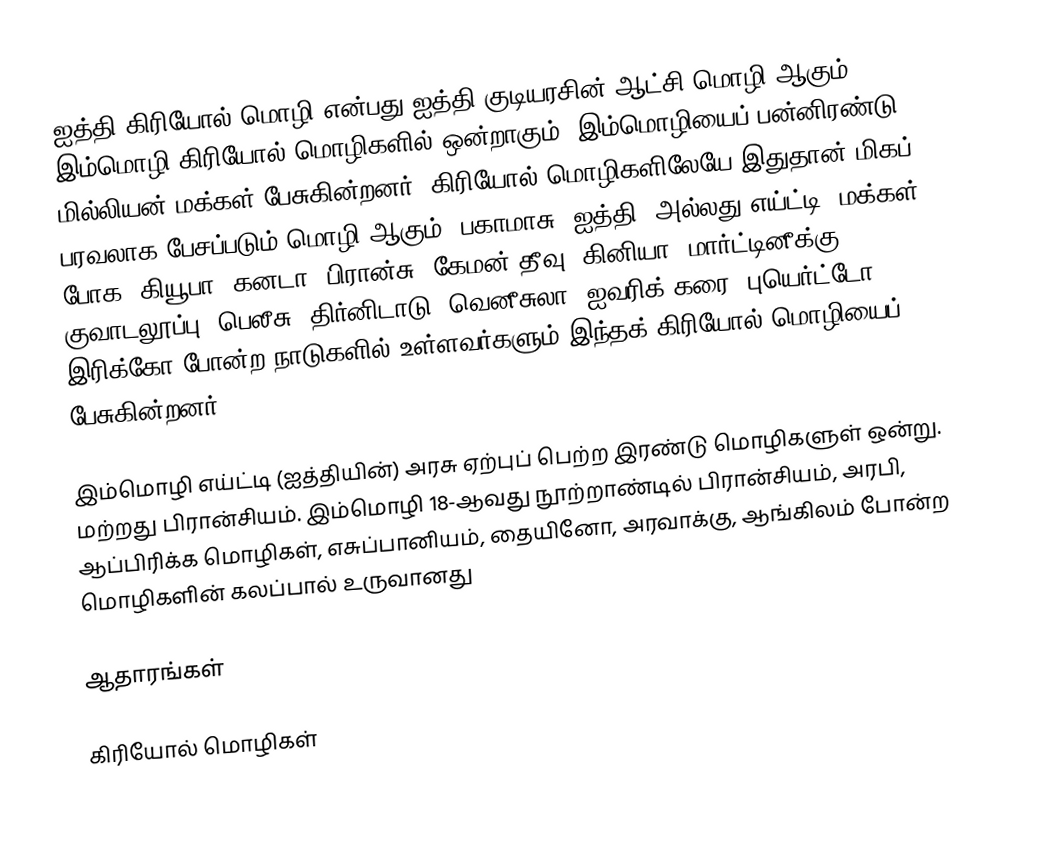
ஐத்தி கிரியோல் மொழி என்பது ஐத்தி குடியரசின் ஆட்சி மொழி ஆகும். இம்மொழி கிரியோல் மொழிகளில் ஒன்றாகும். இம்மொழியைப் பன்னிரண்டு மில்லியன் மக்கள் பேசுகின்றனர். கிரியோல் மொழிகளிலேயே இதுதான் மிகப் பரவலாக பேசப்படும் மொழி ஆகும். பகாமாசு, ஐத்தி (அல்லது எய்ட்டி) மக்கள் போக, கியூபா, கனடா, பிரான்சு, கேமன் தீவு, கினியா, மார்ட்டினீக்கு, குவாடலூப்பு, பெலீசு, திர்னிடாடு, வெனீசுலா, ஐவரிக் கரை, புயெர்ட்டோ இரிக்கோ  போன்ற நாடுகளில் உள்ளவர்களும் இந்தக் கிரியோல் மொழியைப் பேசுகின்றனர்,

இம்மொழி எய்ட்டி (ஐத்தியின்) அரசு ஏற்புப் பெற்ற இரண்டு மொழிகளுள் ஒன்று. மற்றது பிரான்சியம். இம்மொழி 18-ஆவது நூற்றாண்டில் பிரான்சியம், அரபி, ஆப்பிரிக்க மொழிகள், எசுப்பானியம், தையினோ, அரவாக்கு, ஆங்கிலம் போன்ற மொழிகளின் கலப்பால் உருவானது

ஆதாரங்கள்

கிரியோல் மொழிகள்